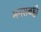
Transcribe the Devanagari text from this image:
मनसबही